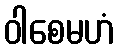
ဝါစေမဟံ